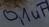
Text: 0,1uF